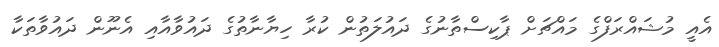
އެއީ މުޝައްރަފްގެ މައްޗަށް ޕާކިސްތާނުގެ ދައުލަތުން ކުރާ ހިޔާނާތުގެ ދައުވާއާއި އެނޫން ދައުވާތަކާ